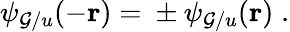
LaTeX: \psi_{\mathcal{G}/u}(-{\mathbf{{r}}})={}\pm\psi_{\mathcal{G}/u}({\mathbf{{r}}})\; .